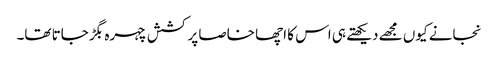
نجانے کیوں مجھے دیکھتے ہی اس کا اچھا خاصا پرکشش چہرہ بگڑ جاتا تھا۔